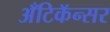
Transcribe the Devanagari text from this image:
अँटिकॅन्सर